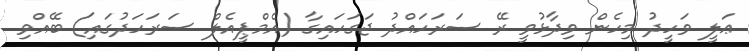
ޢަލީ ވަހީދު މިހެން ވިދާޅުވީ ރޭ ސަރަހައްދު ޖަގަހައިގާ (އެމްޕީއެލް ސަރަހަދުގައި) ބޭއްވި